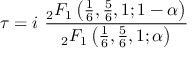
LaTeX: \tau = i \ { \frac { { } _ { 2 } F _ { 1 } \left( { \frac { 1 } { 6 } } , { \frac { 5 } { 6 } } , 1 ; 1 - \alpha \right) } { { } _ { 2 } F _ { 1 } \left( { \frac { 1 } { 6 } } , { \frac { 5 } { 6 } } , 1 ; \alpha \right) } }